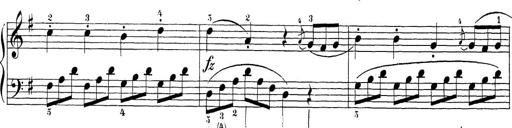
Title: Sonatina Album
Composer: Louis KÃ¶hler